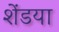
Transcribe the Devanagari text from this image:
शेंडया